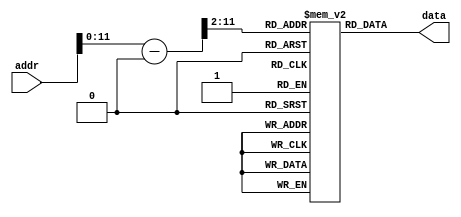
module rom(
	input [31:0] addr,
	output [31:0] data
);

reg [31:0] mem[1023:0];

assign data = mem[(addr - 32'h00400000) >> 2];

endmodule